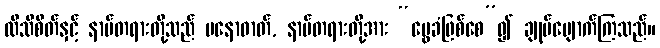
ထိသိစိတ်နှင့် နာမ်တရားတို့သည် မနောဓာတ်, နာမ်တရားတို့အား “မွေခံဖြစ်စေ”၍ ချုပ်ပျောက်ကြသည်။